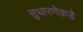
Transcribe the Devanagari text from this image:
सुधारणेकडे